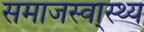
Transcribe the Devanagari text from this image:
समाजस्वा्स्थ्य